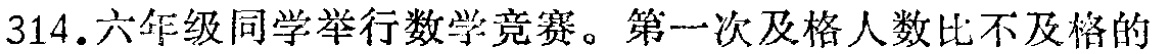
314.六年级同学举行数学竞赛。第一次及格人数比不及格的